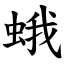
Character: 蛾